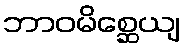
ဘာဝမိစ္ဆေယျ